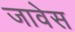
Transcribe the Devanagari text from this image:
जावेस